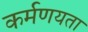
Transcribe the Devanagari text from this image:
कर्मणयता